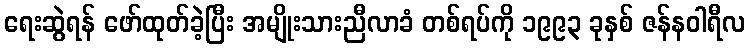
ရေးဆွဲရန် ဖော်ထုတ်ခဲ့ပြီး အမျိုးသားညီလာခံ တစ်ရပ်ကို ၁၉၉၃ ခုနှစ် ဇန်နဝါရီလ